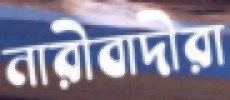
নারীবাদীরা